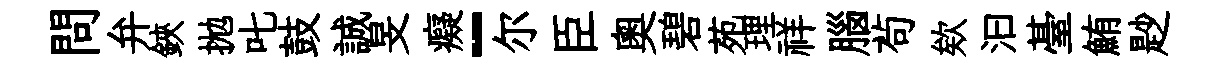
問弁鋏拋叱鼓誠旻癡-尔臣奧碧苑理祥腦茍欸汩䑓鮪尟